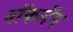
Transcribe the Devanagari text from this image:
नॉकलँग